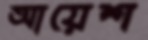
আয়েশ